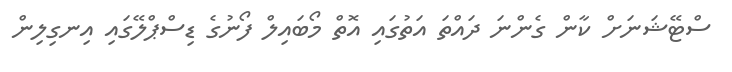
ސްޓޭޝަނަށް ކާން ގެންނަ ދައްތަ އަތުގައި އޮތް މޯބައިލް ފޯނުގެ ޑިސްޕްލޭގައި އިނގިލިން